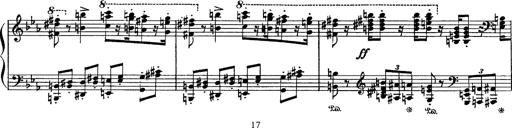
Title: Fantaisie sur des motifs favoris de l'opÃ©ra 'La sonnambula'
Composer: Franz Liszt